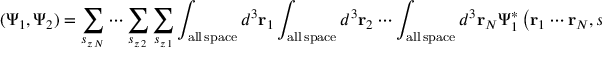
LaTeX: ( \Psi _ { 1 } , \Psi _ { 2 } ) = \sum _ { s _ { z \, N } } \cdots \sum _ { s _ { z \, 2 } } \sum _ { s _ { z \, 1 } } \int _ { \mathrm { a l l \, s p a c e } } d ^ { 3 } \mathbf { r } _ { 1 } \int _ { \mathrm { a l l \, s p a c e } } d ^ { 3 } \mathbf { r } _ { 2 } \cdots \int _ { \mathrm { a l l \, s p a c e } } d ^ { 3 } \mathbf { r } _ { N } \Psi _ { 1 } ^ { * } \left( \mathbf { r } _ { 1 } \cdots \mathbf { r } _ { N } , s _ { z \, 1 } \cdots s _ { z \, N } , t \right) \Psi _ { 2 } \left( \mathbf { r } _ { 1 } \cdots \mathbf { r } _ { N } , s _ { z \, 1 } \cdots s _ { z \, N } , t \right)